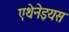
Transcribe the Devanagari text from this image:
एथेनेइयस